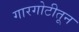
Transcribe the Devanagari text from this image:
गारगोटीतून